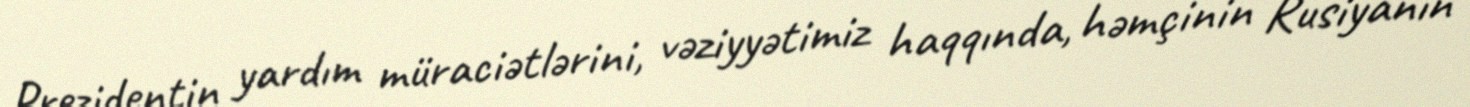
Prezidentin yardım müraciətlərini, vəziyyətimiz haqqında, həmçinin Rusiyanın